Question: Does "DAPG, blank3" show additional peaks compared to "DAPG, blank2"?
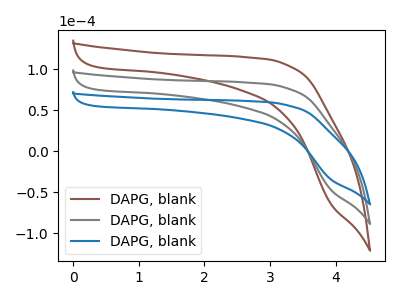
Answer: <think>The brown curve "DAPG, blank1" has no peaks. The gray curve "DAPG, blank2" has no peaks. The blue curve "DAPG, blank3" has no peaks.
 Neither "DAPG, blank3" or "DAPG, blank2" have any peaks.</think>
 <answer>No, "DAPG, blank3" and "DAPG, blank2" don't appear to be significantly different in shape</answer>
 <eval>no_change</eval>